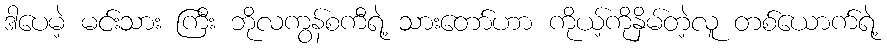
ဒါပေမဲ့ မင်းသား ကြီး ဘိုလကွန်စကီရဲ့ သားတော်ဟာ ကိုယ့်ကိုနှိမ်တဲ့လူ တစ်ယောက်ရဲ့